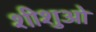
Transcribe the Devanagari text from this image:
शीशुओ